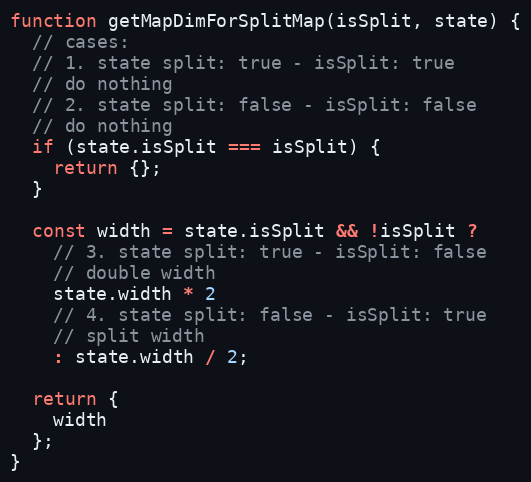
Language: JavaScript
function getMapDimForSplitMap(isSplit, state) {
  // cases:
  // 1. state split: true - isSplit: true
  // do nothing
  // 2. state split: false - isSplit: false
  // do nothing
  if (state.isSplit === isSplit) {
    return {};
  }

  const width = state.isSplit && !isSplit ?
    // 3. state split: true - isSplit: false
    // double width
    state.width * 2
    // 4. state split: false - isSplit: true
    // split width
    : state.width / 2;

  return {
    width
  };
}